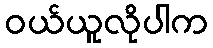
ဝယ်ယူလိုပါက